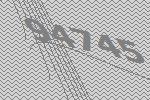
94745